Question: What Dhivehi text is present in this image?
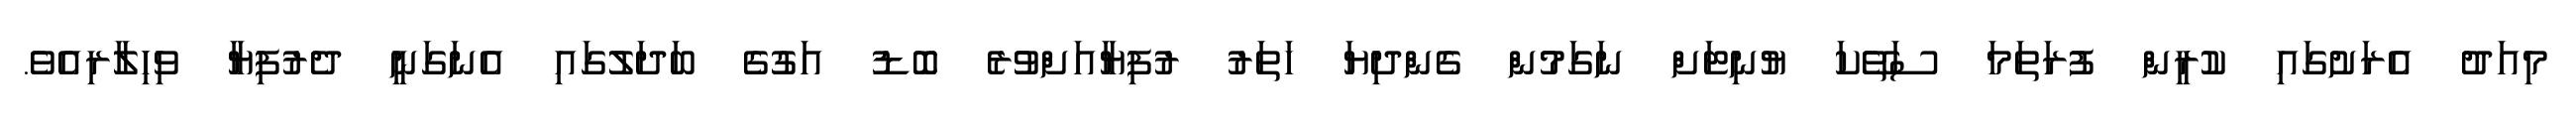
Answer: މިއަދު އެރަށުގައި ކުރީން ފުރަތަމަ ސަތޭކަ ޔުނިޓަށް ނަގަމުން ގެންދިޔަ ހަތަރު ރުފިޔާއަށްވުރެ ބޮޑު އަގުގެ ބަދަލުގައި އެނަގަނީ ދެރުފިޔާ ވިހިލާރިއެވެ.